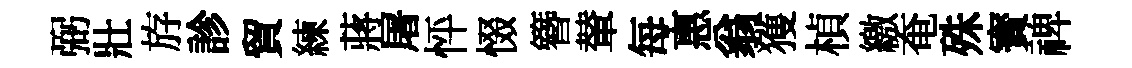
弼壯斿診貿練蔣屠怦惙簪輦每惠翁獲楨繳奄殊寳禆